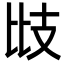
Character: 㩺